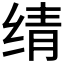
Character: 𬘬